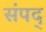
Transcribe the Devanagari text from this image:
संपद्